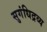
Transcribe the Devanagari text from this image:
सुगंधिद्रव्य